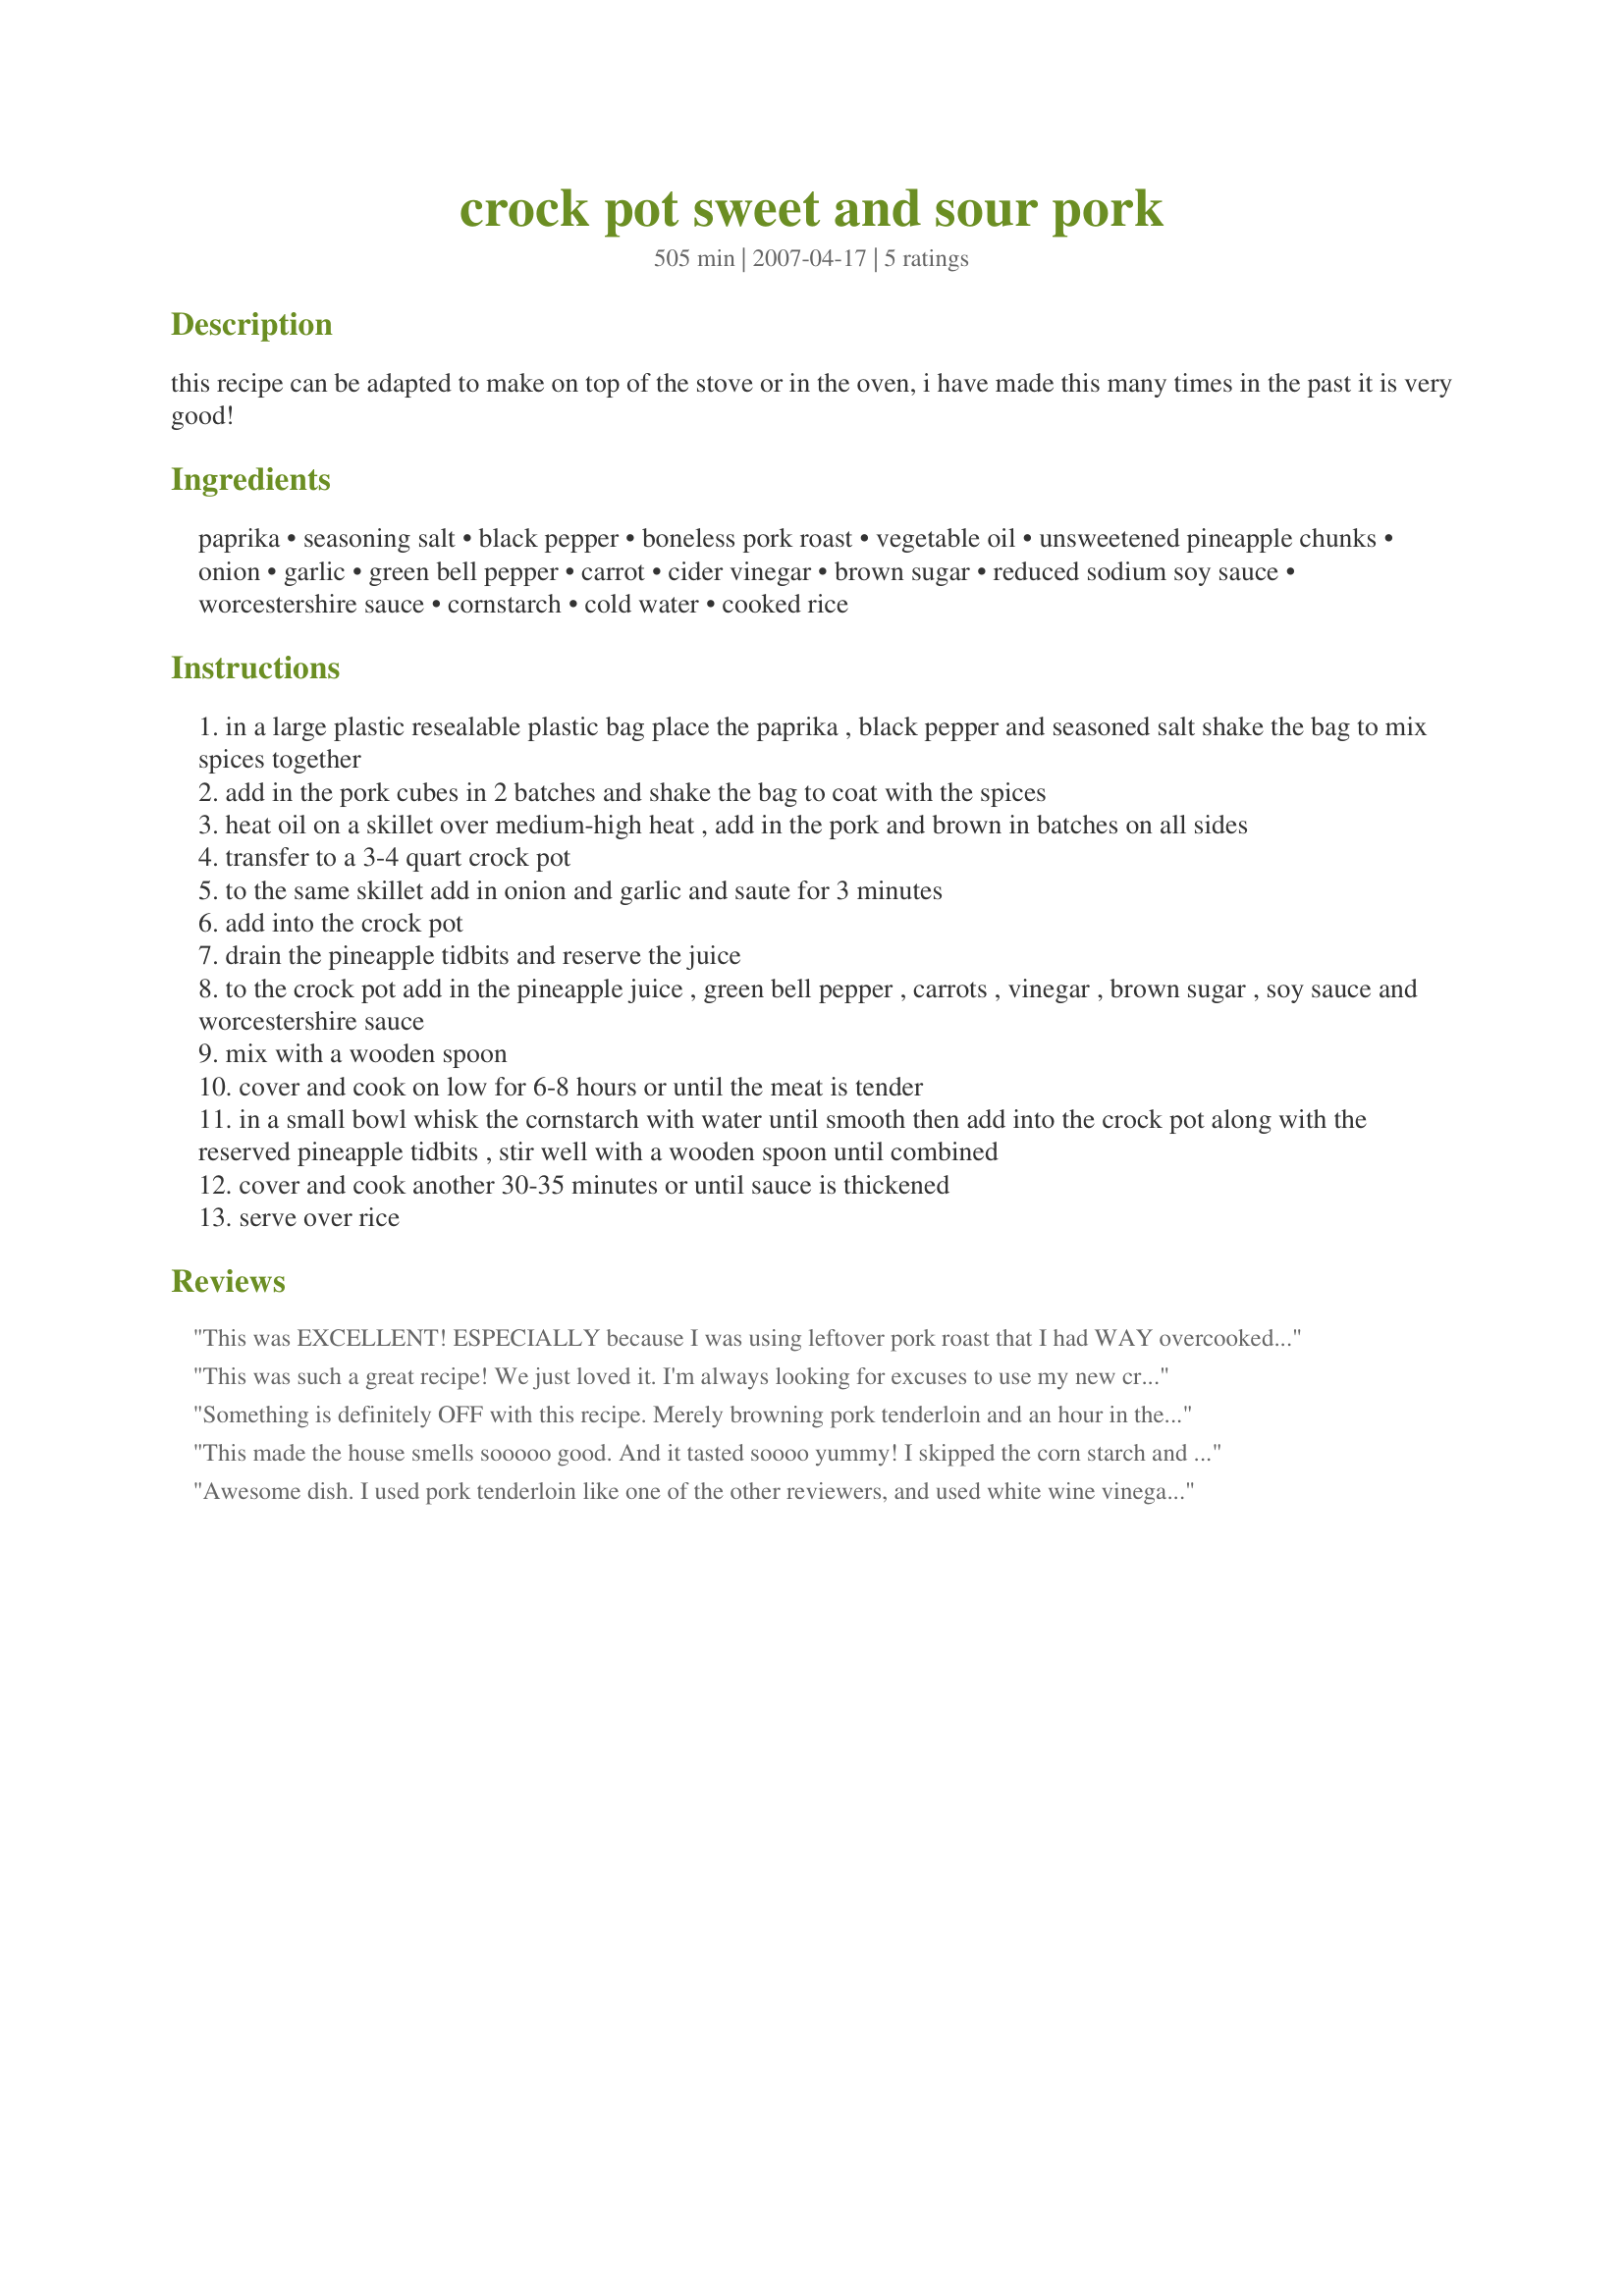
crock pot sweet and sour pork
Preparation time: 505 minutes

this recipe can be adapted to make on top of the stove or in the oven, i have made this many times in the past it is very good!

Ingredients:
paprika, seasoning salt, black pepper, boneless pork roast, vegetable oil, unsweetened pineapple chunks, onion, garlic, green bell pepper, carrot, cider vinegar, brown sugar, reduced sodium soy sauce, worcestershire sauce, cornstarch, cold water, cooked rice

Steps:
in a large plastic resealable plastic bag place the paprika , black pepper and seasoned salt shake the bag to mix spices together
add in the pork cubes in 2 batches and shake the bag to coat with the spices
heat oil on a skillet over medium-high heat , add in the pork and brown in batches on all sides
transfer to a 3-4 quart crock pot
to the same skillet add in onion and garlic and saute for 3 minutes
add into the crock pot
drain the pineapple tidbits and reserve the juice
to the crock pot add in the pineapple juice , green bell pepper , carrots , vinegar , brown sugar , soy sauce and worcestershire sauce
mix with a wooden spoon
cover and cook on low for 6-8 hours or until the meat is tender
in a small bowl whisk the cornstarch with water until smooth then add into the crock pot along with the reserved pineapple tidbits , stir well with a wooden spoon until combined
cover and cook another 30-35 minutes or until sauce is thickened
serve over rice

Reviews:
This was EXCELLENT! ESPECIALLY because I was using leftover pork roast that I had WAY overcooked the night before. So it was dry and extremely hard to even cut into chunks. However?with this recipe and 6 hours in the crockpot?.it was juicy and oh so tender! My family ate-it-up!!! Thank you for saving my pork!
This was such a great recipe! We just loved it. I'm always looking for excuses to use my new crock pot, and this really hit the spot. Two things: I used pork tenderloin for the meat, which worked just fine, and DH and I added more soy sauce at the table. In the future I may add more soy to the mixture in the pot, or I may mix the cornstarch with soy at the end instead of the water. Regardless, this is a winner. Thanks!
Something is definitely OFF with this recipe. Merely browning pork tenderloin and an hour in the crockpot made it fork tender. What&#039;s with the 8 hours? CRAZY! And the sauce was off too. I had to tweak it with honey and some ketchup and it was runny even with the corn starch slurry added. The end result was ok but certainly not restaurant comparable as so many here swooned.
This made the house smells sooooo good. And it tasted soooo yummy! I skipped the corn starch and used regular soy sauce. Thanks for sharing Kitten!
Awesome dish. <br/>I used pork tenderloin like one of the other reviewers, and used white wine vinegar instead of cider (I had not realized it was expired until I took it out to use it for this dish). <br/>About an hour before adding the pineapple chunks and cornstarch mix is when I added the juice, I had none on hand in the morning so went out to get it later, seemed to work though. <br/>When it came time to add the pineapple chunks, I seared them prior to adding them to the crock pot and the added some broth and vegetable from the crock pot to get the browned bits.<br/>I used extra carrot and extra peppers, including a red pepper, and less sugar. <br/>This was wonderful and would make it again.
